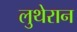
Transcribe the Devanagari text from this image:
लुथेरान